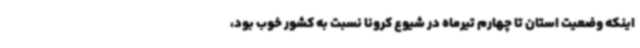
اینکه وضعیت استان تا چهارم تیرماه در شیوع کرونا نسبت به کشور خوب بود،